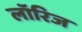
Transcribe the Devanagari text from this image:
लॉरिज